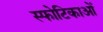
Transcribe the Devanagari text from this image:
स्फोटिकाओं